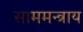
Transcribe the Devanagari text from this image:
साममन्त्राय